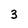
Character: 3